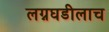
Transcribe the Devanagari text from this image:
लग्नघडीलाच